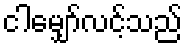
ငါမျှော်လင့်သည်